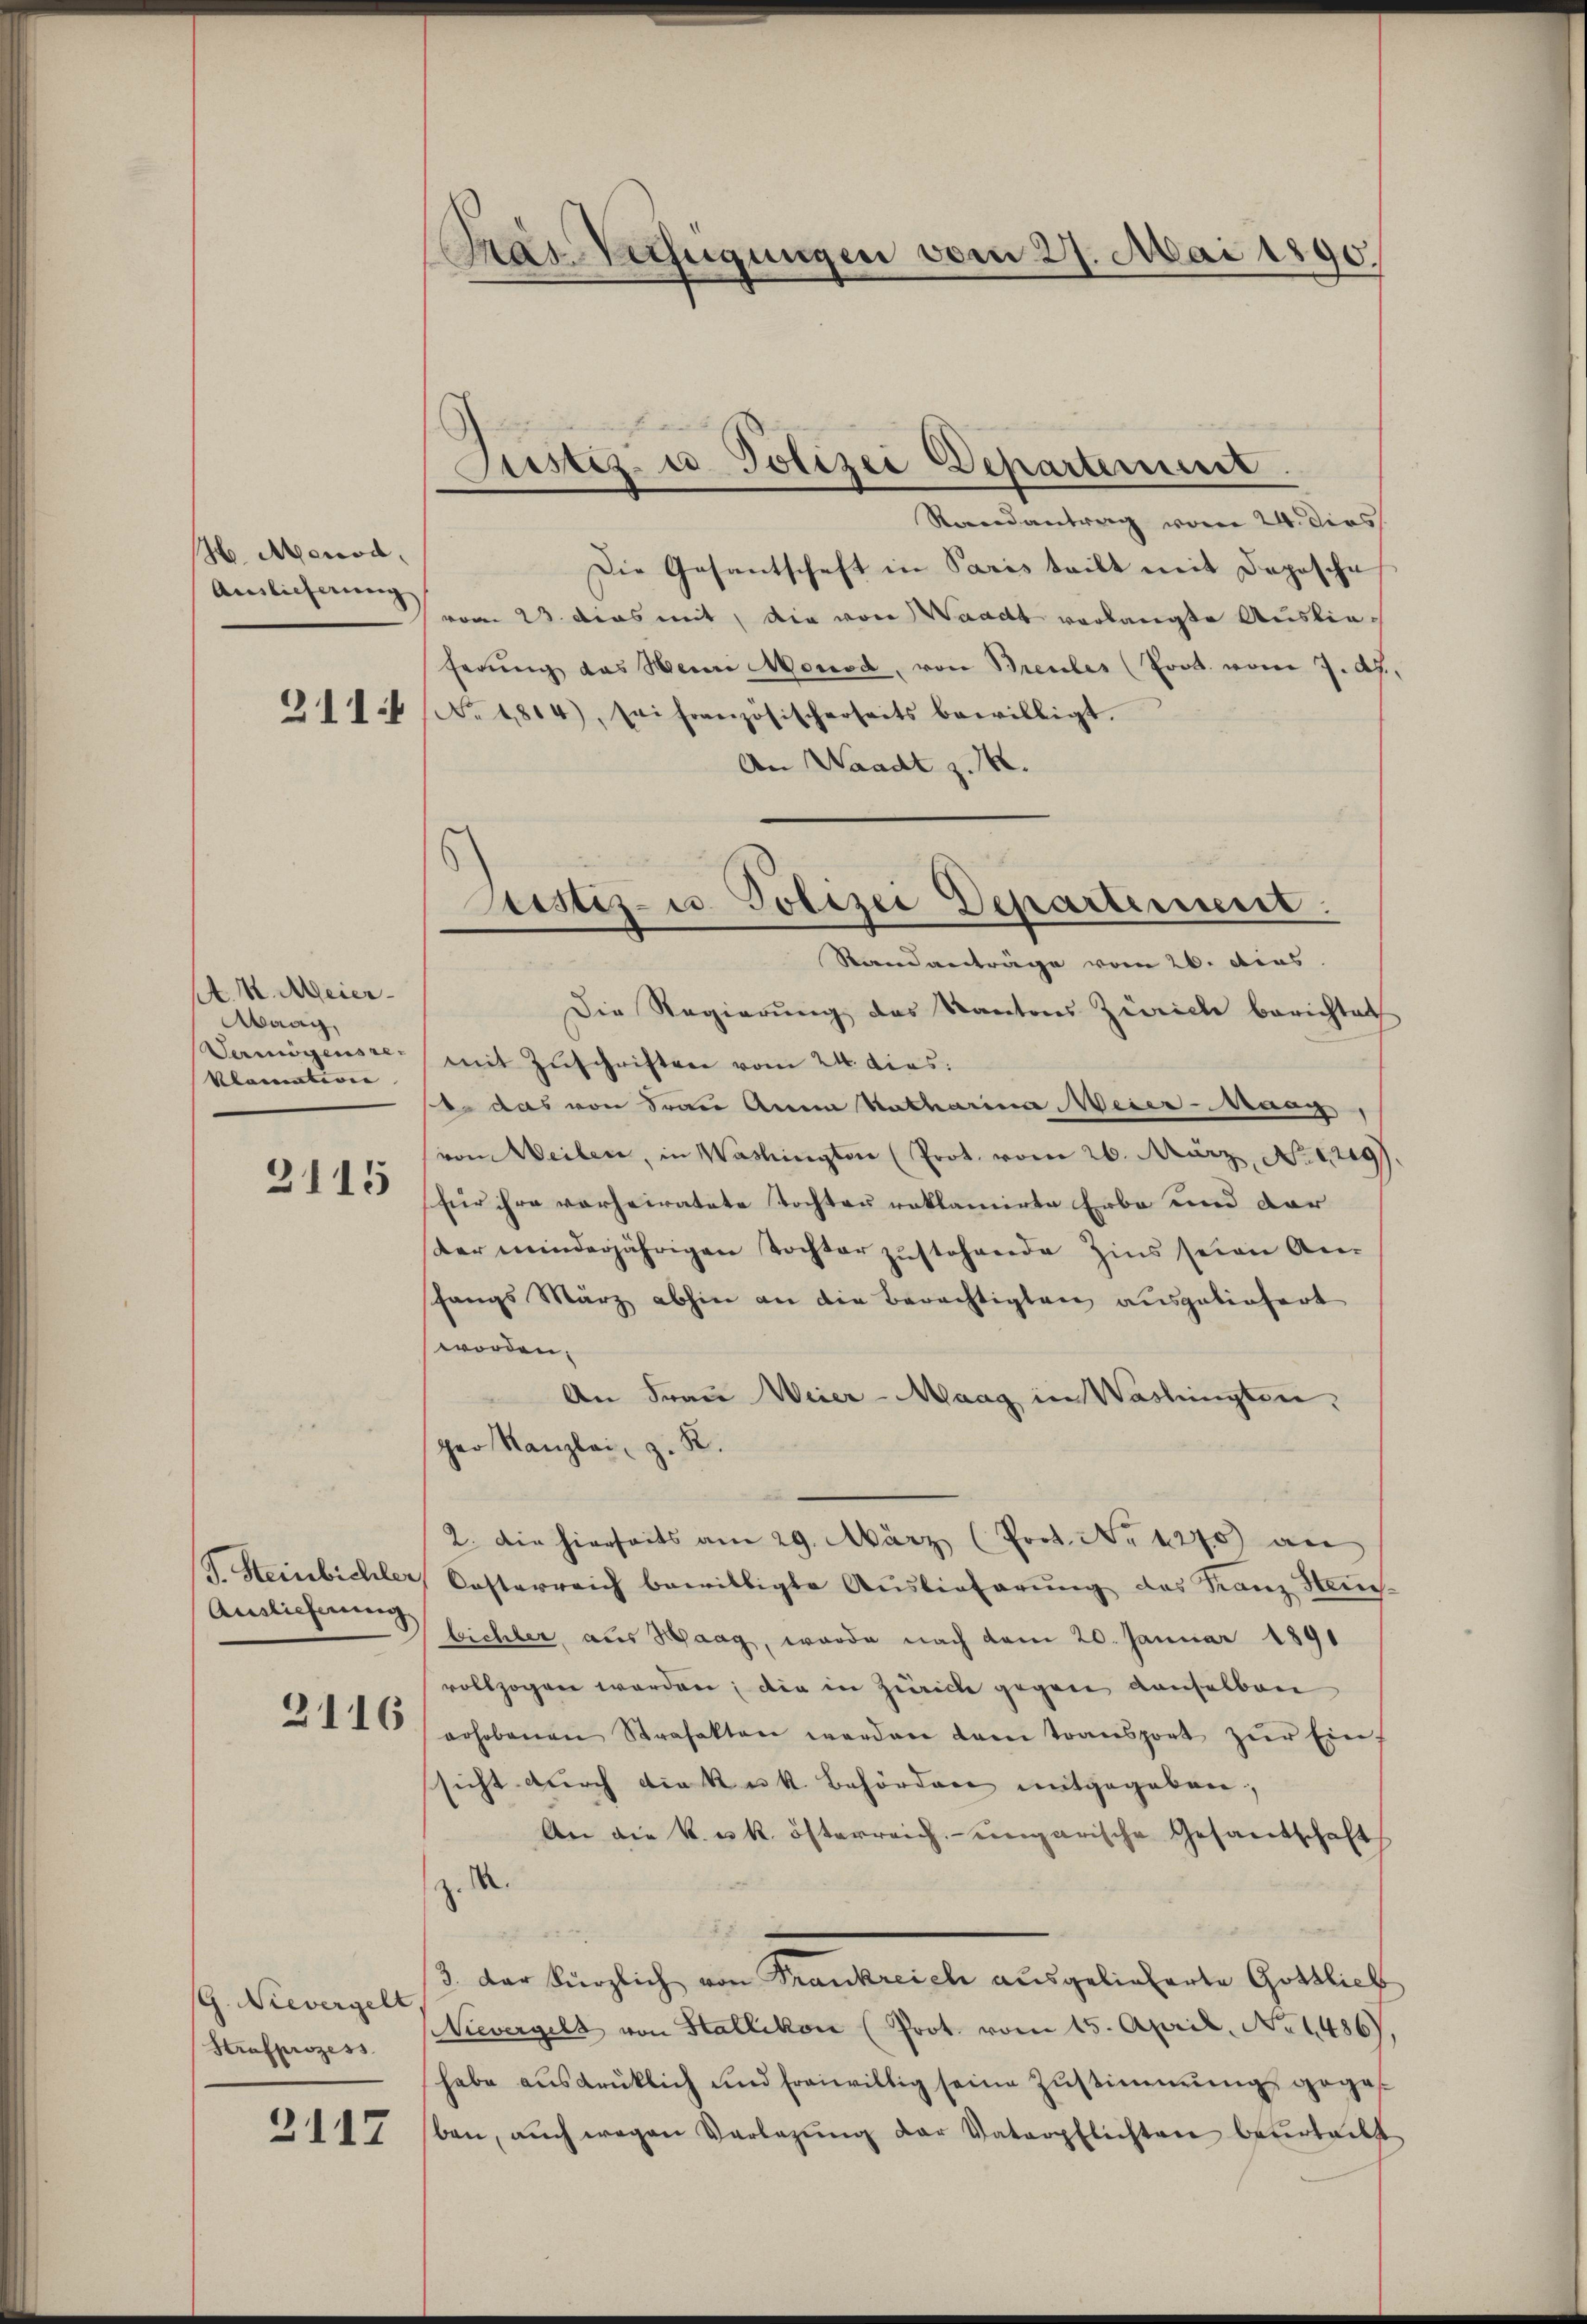
H. Menod,
Ainlicherung
311.

A. k. Meier
Maag,
Vermögens re-
klamntern

2115

T. Steinbichler
Auslieferung

2116

G. Nievergelt
Strafprozess

2117

Pras Verfügungen vom 27. Mai 1890.

Justiz- u. Polizei Departement

Randantrag vom 24. dies
Die Gesantschaft in Paris teilt mit Depesche
vom 23. Dies mit, die von Waadt verlangte Auslieferŭng das Wein Monod, von Breubes (Prot. vom 7. Ap.,
No. 1814), sei französischerseits bewilligt.
An Waadt z. 14.
Standanträge vom 26. dies
Die Regierŭng des Kantons Zürich berichtet
mit Zuschriften vom 24. dies:
b. das von Frau Anna Katharina, Meier-Maag,
vom Weilen, in Washingten (Prot. vom 26. März, No 1249).
für ihre vorheiratete Tochten reklamirte Erbe und der
der minderjährigen Tochter zustehende Zins seine An-
fangs März abhin an die Berechtigten ausgeliefert
worden,
An Frau Weier-Maag in Washingten,
ger Kanzlei z. K.
2. Die hierseits am 29. März (Prot. No 1270) an
Casterreich bewilligte Auslieferung des Franz Haus-
bichler, aus Haag, wurde nach dem 20. Januar 1891
vollzogen worden, die in Zürich gegen denselben
erhobenen Strafakten werden dann transport zŭr Ein-
sicht durch die k.k. Behörden mitgegeben;
An die k. u. k. österreich eingarische Gesandtschaft
X.
3. Der kürzlich von Frankreich ausgelieferte Gottlieb
Nievergels von Stallikon (Prot. vom 15. April, No 1486),
habe ausdrüklich und freiwillig seine Zustimmung geges
ben, aŭch wegen Verlegŭng der Vaterpflichten beurteilt

Justiz- u. Polizei Departement.